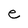
Character: e